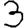
Digit: 3